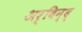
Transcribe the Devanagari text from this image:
अर्विन्द्